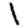
Digit: 1